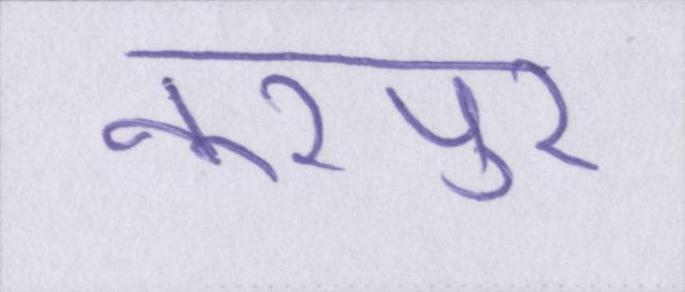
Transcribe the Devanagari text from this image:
नूरपुर